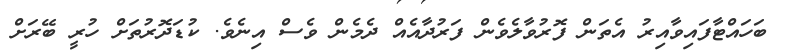
ބަހައްޓާފައިވާއިރު އެތަން ފޮރުވާލެވެން ފަރުދާއެއް ދެމެން ވެސް އިނެވެ. ކުޑަދޮރުތަށް ހުރީ ބޭރަށް